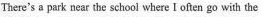
There's a park near the school where I often go with the